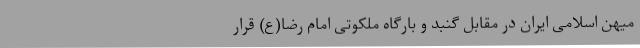
میهن اسلامی ایران در مقابل گنبد و بارگاه ملکوتی امام رضا(ع) قرار